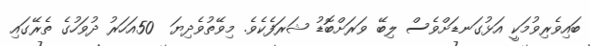
ބައިވެރިވުމަކީ އަޅުގަނޑަށްވެސް ލިބޭ ވަރަށްބޮޑު ޝަރަފެކެވެ. މިވޭތުވެދިޔަ  50އަހަރު ދުވަހުގެ ތެރޭގައި